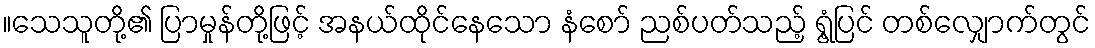
။သေသူတို့၏ ပြာမှုန်တို့ဖြင့် အနယ်ထိုင်နေသော နံစော် ညစ်ပတ်သည့် ရွံ့ပြင် တစ်လျှောက်တွင်